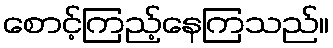
စောင့်ကြည့်နေကြသည်။